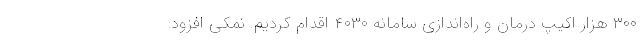
۳۰۰ هزار اکیپ درمان و راه‌اندازی سامانه ۴۰۳۰ اقدام کردیم. نمکی افزود: